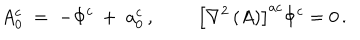
LaTeX: A _ { 0 } ^ { c } \; = \; - \Phi ^ { c } \: + \; a _ { 0 } ^ { c } \, , \quad \; \quad \left[ \nabla ^ { 2 } \, ( A ) \right] ^ { a c } \Phi ^ { c } = 0 \, .